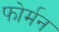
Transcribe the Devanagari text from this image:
फोर्मन